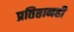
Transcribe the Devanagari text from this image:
प्रतिष्ठानही